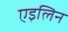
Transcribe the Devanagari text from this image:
एइलिन